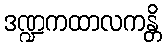
ဒဏ္ဍကထာလကန္တိ